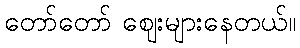
တော်တော် ဈေးများနေတယ်။